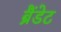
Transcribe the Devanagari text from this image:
ब्रैंडेट